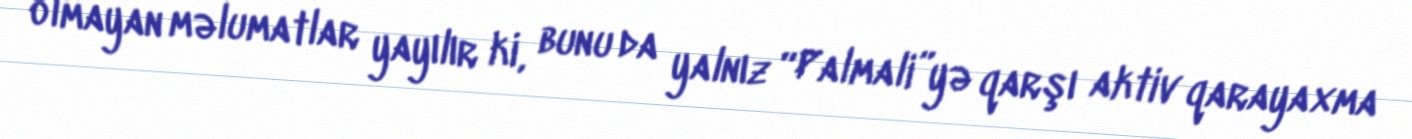
olmayan məlumatlar yayılır ki, bunu da yalnız “Palmali”yə qarşı aktiv qarayaxma